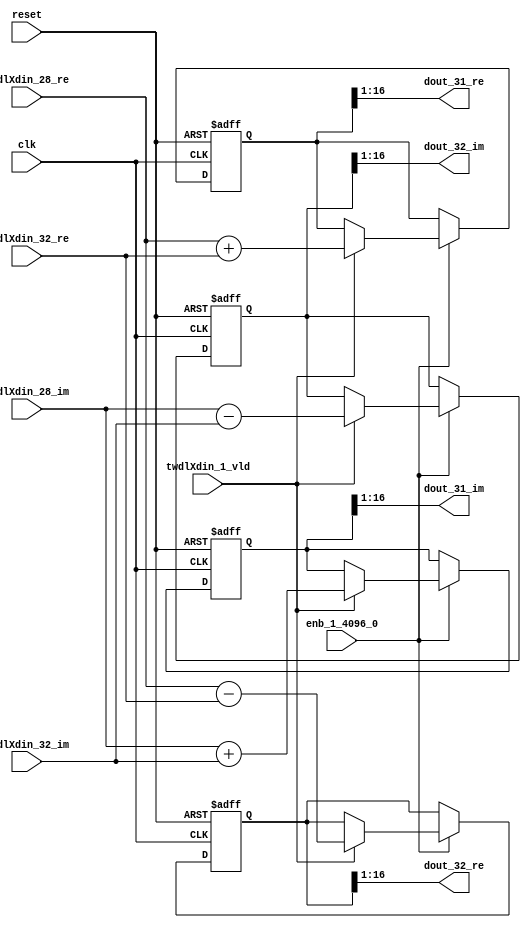
// -------------------------------------------------------------
// 
// 
// Generated by MATLAB 9.14 and HDL Coder 4.1
// 
// -------------------------------------------------------------


// -------------------------------------------------------------
// 
// Module: RADIX22FFT_SDNF1_5_block14
// Source Path: dsphdl.IFFT/RADIX22FFT_SDNF1_5
// Hierarchy Level: 4
// 
// -------------------------------------------------------------

`timescale 1 ns / 1 ns

module RADIX22FFT_SDNF1_5_block14
          (clk,
           reset,
           enb_1_4096_0,
           twdlXdin_28_re,
           twdlXdin_28_im,
           twdlXdin_32_re,
           twdlXdin_32_im,
           twdlXdin_1_vld,
           dout_31_re,
           dout_31_im,
           dout_32_re,
           dout_32_im);


  input   clk;
  input   reset;
  input   enb_1_4096_0;
  input   signed [15:0] twdlXdin_28_re;  // sfix16_En14
  input   signed [15:0] twdlXdin_28_im;  // sfix16_En14
  input   signed [15:0] twdlXdin_32_re;  // sfix16_En14
  input   signed [15:0] twdlXdin_32_im;  // sfix16_En14
  input   twdlXdin_1_vld;
  output  signed [15:0] dout_31_re;  // sfix16_En14
  output  signed [15:0] dout_31_im;  // sfix16_En14
  output  signed [15:0] dout_32_re;  // sfix16_En14
  output  signed [15:0] dout_32_im;  // sfix16_En14


  reg signed [16:0] Radix22ButterflyG1_NF_btf1_re_reg;  // sfix17
  reg signed [16:0] Radix22ButterflyG1_NF_btf1_im_reg;  // sfix17
  reg signed [16:0] Radix22ButterflyG1_NF_btf2_re_reg;  // sfix17
  reg signed [16:0] Radix22ButterflyG1_NF_btf2_im_reg;  // sfix17
  reg  Radix22ButterflyG1_NF_dinXtwdl_vld_dly1;
  reg signed [16:0] Radix22ButterflyG1_NF_btf1_re_reg_next;  // sfix17_En14
  reg signed [16:0] Radix22ButterflyG1_NF_btf1_im_reg_next;  // sfix17_En14
  reg signed [16:0] Radix22ButterflyG1_NF_btf2_re_reg_next;  // sfix17_En14
  reg signed [16:0] Radix22ButterflyG1_NF_btf2_im_reg_next;  // sfix17_En14
  reg  Radix22ButterflyG1_NF_dinXtwdl_vld_dly1_next;
  reg signed [15:0] dout_31_re_1;  // sfix16_En14
  reg signed [15:0] dout_31_im_1;  // sfix16_En14
  reg signed [15:0] dout_32_re_1;  // sfix16_En14
  reg signed [15:0] dout_32_im_1;  // sfix16_En14
  reg  dout_31_vld;
  reg signed [16:0] Radix22ButterflyG1_NF_add_cast;  // sfix17_En14
  reg signed [16:0] Radix22ButterflyG1_NF_add_cast_0;  // sfix17_En14
  reg signed [16:0] Radix22ButterflyG1_NF_sra_temp;  // sfix17_En14
  reg signed [16:0] Radix22ButterflyG1_NF_sub_cast;  // sfix17_En14
  reg signed [16:0] Radix22ButterflyG1_NF_sub_cast_0;  // sfix17_En14
  reg signed [16:0] Radix22ButterflyG1_NF_sra_temp_0;  // sfix17_En14
  reg signed [16:0] Radix22ButterflyG1_NF_add_cast_1;  // sfix17_En14
  reg signed [16:0] Radix22ButterflyG1_NF_add_cast_2;  // sfix17_En14
  reg signed [16:0] Radix22ButterflyG1_NF_sra_temp_1;  // sfix17_En14
  reg signed [16:0] Radix22ButterflyG1_NF_sub_cast_1;  // sfix17_En14
  reg signed [16:0] Radix22ButterflyG1_NF_sub_cast_2;  // sfix17_En14
  reg signed [16:0] Radix22ButterflyG1_NF_sra_temp_2;  // sfix17_En14


  // Radix22ButterflyG1_NF
  always @(posedge clk or posedge reset)
    begin : Radix22ButterflyG1_NF_process
      if (reset == 1'b1) begin
        Radix22ButterflyG1_NF_btf1_re_reg <= 17'sb00000000000000000;
        Radix22ButterflyG1_NF_btf1_im_reg <= 17'sb00000000000000000;
        Radix22ButterflyG1_NF_btf2_re_reg <= 17'sb00000000000000000;
        Radix22ButterflyG1_NF_btf2_im_reg <= 17'sb00000000000000000;
        Radix22ButterflyG1_NF_dinXtwdl_vld_dly1 <= 1'b0;
      end
      else begin
        if (enb_1_4096_0) begin
          Radix22ButterflyG1_NF_btf1_re_reg <= Radix22ButterflyG1_NF_btf1_re_reg_next;
          Radix22ButterflyG1_NF_btf1_im_reg <= Radix22ButterflyG1_NF_btf1_im_reg_next;
          Radix22ButterflyG1_NF_btf2_re_reg <= Radix22ButterflyG1_NF_btf2_re_reg_next;
          Radix22ButterflyG1_NF_btf2_im_reg <= Radix22ButterflyG1_NF_btf2_im_reg_next;
          Radix22ButterflyG1_NF_dinXtwdl_vld_dly1 <= Radix22ButterflyG1_NF_dinXtwdl_vld_dly1_next;
        end
      end
    end

  always @(Radix22ButterflyG1_NF_btf1_im_reg, Radix22ButterflyG1_NF_btf1_re_reg,
       Radix22ButterflyG1_NF_btf2_im_reg, Radix22ButterflyG1_NF_btf2_re_reg,
       Radix22ButterflyG1_NF_dinXtwdl_vld_dly1, twdlXdin_1_vld, twdlXdin_28_im,
       twdlXdin_28_re, twdlXdin_32_im, twdlXdin_32_re) begin
    Radix22ButterflyG1_NF_add_cast = 17'sb00000000000000000;
    Radix22ButterflyG1_NF_add_cast_0 = 17'sb00000000000000000;
    Radix22ButterflyG1_NF_sub_cast = 17'sb00000000000000000;
    Radix22ButterflyG1_NF_sub_cast_0 = 17'sb00000000000000000;
    Radix22ButterflyG1_NF_add_cast_1 = 17'sb00000000000000000;
    Radix22ButterflyG1_NF_add_cast_2 = 17'sb00000000000000000;
    Radix22ButterflyG1_NF_sub_cast_1 = 17'sb00000000000000000;
    Radix22ButterflyG1_NF_sub_cast_2 = 17'sb00000000000000000;
    Radix22ButterflyG1_NF_btf1_re_reg_next = Radix22ButterflyG1_NF_btf1_re_reg;
    Radix22ButterflyG1_NF_btf1_im_reg_next = Radix22ButterflyG1_NF_btf1_im_reg;
    Radix22ButterflyG1_NF_btf2_re_reg_next = Radix22ButterflyG1_NF_btf2_re_reg;
    Radix22ButterflyG1_NF_btf2_im_reg_next = Radix22ButterflyG1_NF_btf2_im_reg;
    Radix22ButterflyG1_NF_dinXtwdl_vld_dly1_next = twdlXdin_1_vld;
    if (twdlXdin_1_vld) begin
      Radix22ButterflyG1_NF_add_cast = {twdlXdin_28_re[15], twdlXdin_28_re};
      Radix22ButterflyG1_NF_add_cast_0 = {twdlXdin_32_re[15], twdlXdin_32_re};
      Radix22ButterflyG1_NF_btf1_re_reg_next = Radix22ButterflyG1_NF_add_cast + Radix22ButterflyG1_NF_add_cast_0;
      Radix22ButterflyG1_NF_sub_cast = {twdlXdin_28_re[15], twdlXdin_28_re};
      Radix22ButterflyG1_NF_sub_cast_0 = {twdlXdin_32_re[15], twdlXdin_32_re};
      Radix22ButterflyG1_NF_btf2_re_reg_next = Radix22ButterflyG1_NF_sub_cast - Radix22ButterflyG1_NF_sub_cast_0;
      Radix22ButterflyG1_NF_add_cast_1 = {twdlXdin_28_im[15], twdlXdin_28_im};
      Radix22ButterflyG1_NF_add_cast_2 = {twdlXdin_32_im[15], twdlXdin_32_im};
      Radix22ButterflyG1_NF_btf1_im_reg_next = Radix22ButterflyG1_NF_add_cast_1 + Radix22ButterflyG1_NF_add_cast_2;
      Radix22ButterflyG1_NF_sub_cast_1 = {twdlXdin_28_im[15], twdlXdin_28_im};
      Radix22ButterflyG1_NF_sub_cast_2 = {twdlXdin_32_im[15], twdlXdin_32_im};
      Radix22ButterflyG1_NF_btf2_im_reg_next = Radix22ButterflyG1_NF_sub_cast_1 - Radix22ButterflyG1_NF_sub_cast_2;
    end
    Radix22ButterflyG1_NF_sra_temp = Radix22ButterflyG1_NF_btf1_re_reg >>> 8'd1;
    dout_31_re_1 = Radix22ButterflyG1_NF_sra_temp[15:0];
    Radix22ButterflyG1_NF_sra_temp_0 = Radix22ButterflyG1_NF_btf1_im_reg >>> 8'd1;
    dout_31_im_1 = Radix22ButterflyG1_NF_sra_temp_0[15:0];
    Radix22ButterflyG1_NF_sra_temp_1 = Radix22ButterflyG1_NF_btf2_re_reg >>> 8'd1;
    dout_32_re_1 = Radix22ButterflyG1_NF_sra_temp_1[15:0];
    Radix22ButterflyG1_NF_sra_temp_2 = Radix22ButterflyG1_NF_btf2_im_reg >>> 8'd1;
    dout_32_im_1 = Radix22ButterflyG1_NF_sra_temp_2[15:0];
    dout_31_vld = Radix22ButterflyG1_NF_dinXtwdl_vld_dly1;
  end



  assign dout_31_re = dout_31_re_1;

  assign dout_31_im = dout_31_im_1;

  assign dout_32_re = dout_32_re_1;

  assign dout_32_im = dout_32_im_1;

endmodule  // RADIX22FFT_SDNF1_5_block14